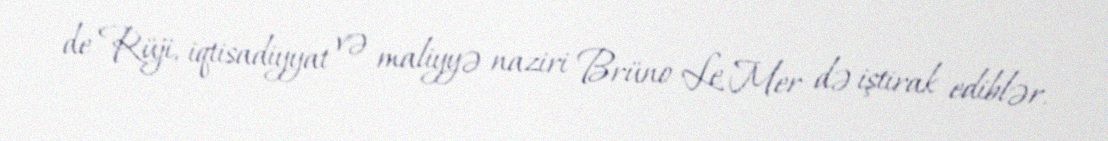
de Rüji, iqtisadiyyat və maliyyə naziri Brüno Le Mer də iştirak ediblər.